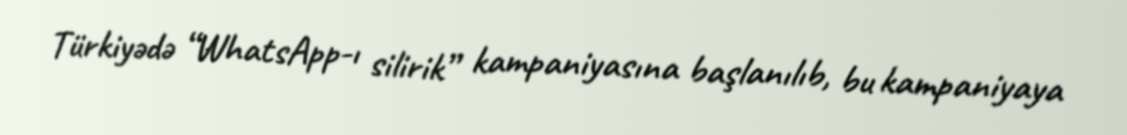
Türkiyədə “WhatsApp-ı silirik” kampaniyasına başlanılıb, bu kampaniyaya